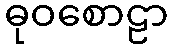
ဓုဝစောဠာ